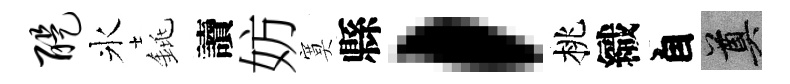
醍氷銚讀妨寞縣，桃織自奠